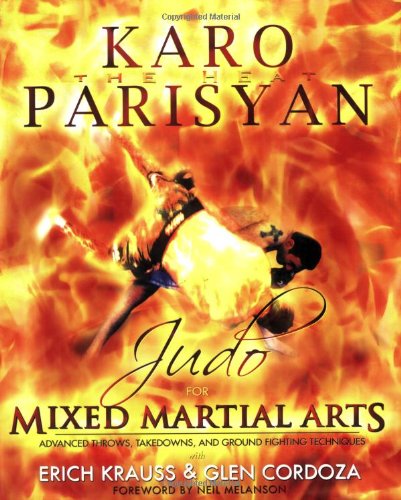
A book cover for Judo for Mixed Martial Arts: Advanced Throws, Takedowns, and Ground Fighting Techniques; Karo Parisyan; Sports & Outdoors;